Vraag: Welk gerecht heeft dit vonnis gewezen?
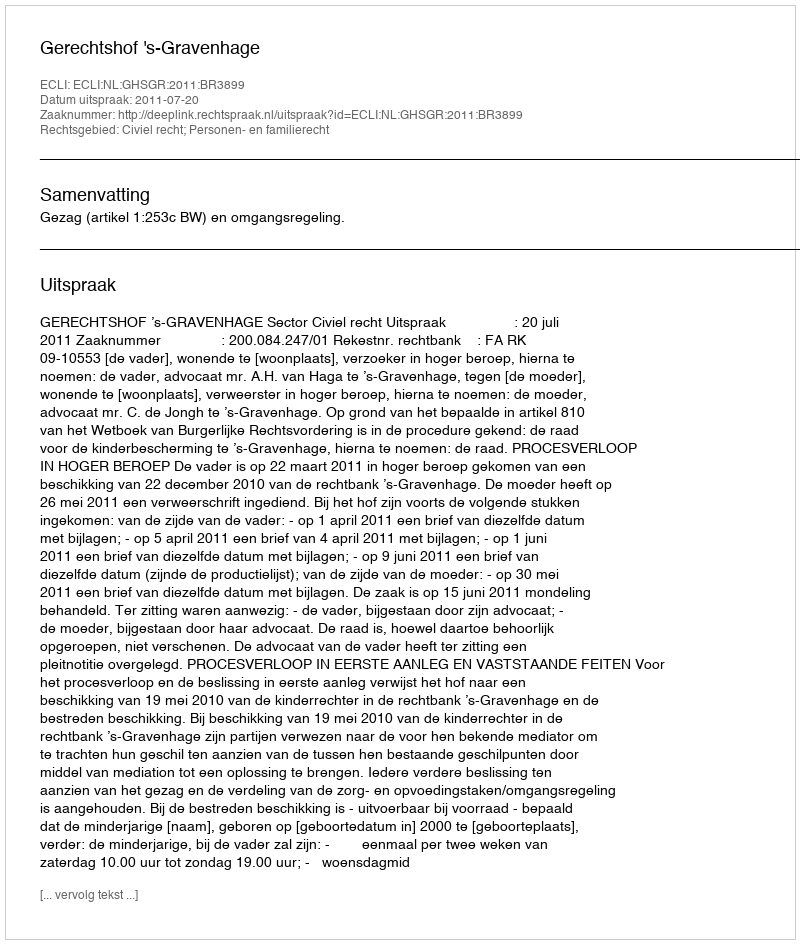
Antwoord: Gerechtshof 's-Gravenhage